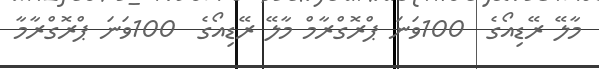
މާލޭ ރޭޑިއޯގެ  100ވަނަ ޕްރޮގްރާމް މާލޭ ރޭޑިއޯގެ  100ވަނަ ޕްރޮގްރާމާ